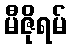
မီဇိုရမ်